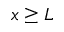
x \geq L